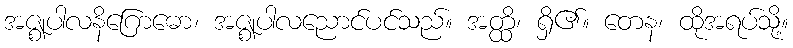
အဇ္ဈပါလနိဂြောဓော၊ အဇ္ဈပါလညောင်ပင်သည်။ အတ္ထိ၊ ရှိ၏။ တေန၊ ထိုအရပ်သို့။